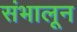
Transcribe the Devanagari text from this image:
संभालून